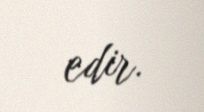
edir.